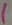
Text: 1